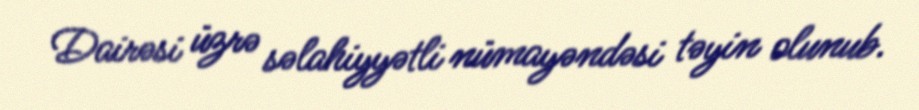
Dairəsi üzrə səlahiyyətli nümayəndəsi təyin olunub.